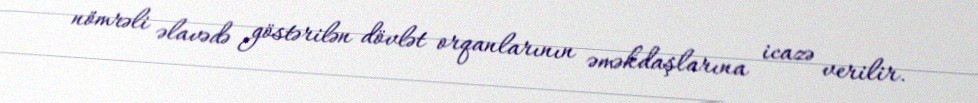
nömrəli əlavədə göstərilən dövlət orqanlarının əməkdaşlarına icazə verilir.